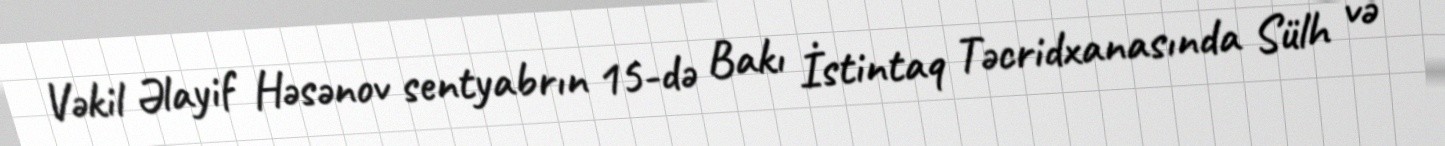
Vəkil Əlayif Həsənov sentyabrın 15-də Bakı İstintaq Təcridxanasında Sülh və